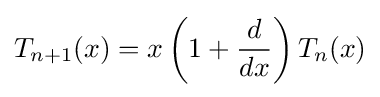
T_{n+1}(x)=x\left(1+{\frac {d}{dx}}\right)T_{n}(x)